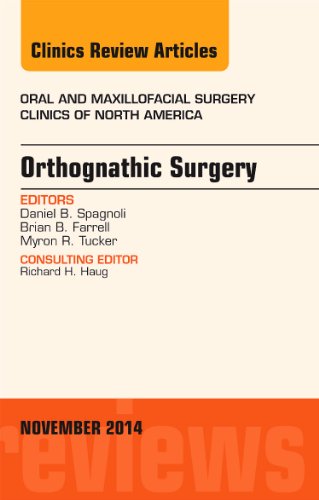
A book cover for Orthognathic Surgery, An Issue of Oral and Maxillofacial Clinics of North America 26-4, 1e (The Clinics: Dentistry); Daniel Spagnoli DDS  PhD; Medical Books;